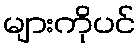
များကိုပင်